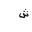
Letter: _shin